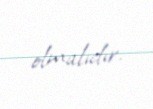
olmalıdır.